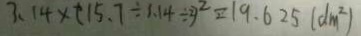
3 . 1 4 \times ( 1 5 . 7 \div 1 . 1 4 \div 2 ) ^ { 2 } = 1 9 . 6 2 5 ( d m ^ { 2 } )